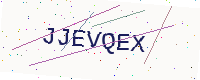
Text: JJEVQEX